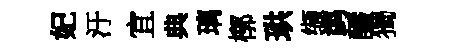
妃汙宜典璃槨珙缬鹢釅獨